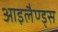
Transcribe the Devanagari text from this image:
आइलैण्ड्स